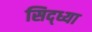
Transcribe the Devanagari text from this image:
सिद्ध्या